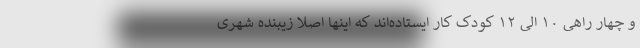
و چهار راهی ۱۰ الی ۱۲ کودک کار ایستاده‌اند که اینها اصلا زیبنده شهری